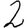
Digit: 2